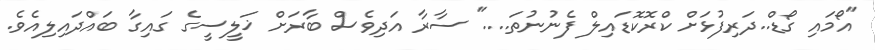
"އޯމައި ގޯޑް..ދަރިފުޅަށް ކްރޮކޮޑައިލް ފެނުނުތަ...." ސާރާ އަދިވެސް ބާރަށް ޚަލީސީގެ ގައިގާ ބައްދައިލިއެވެ.